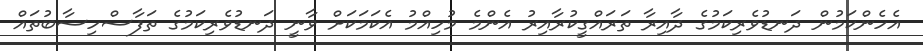
އެހެންކަމުން ދަނޑުވެރިކަމުގެ ދާއިރާ ތަރައްގީކުރާއިރު އެންމެ މުހިއްމު އެކަމަކަށް ވާނީ ދަނޑުވެރިކަމުގެ ތަފާސްހިސާބުތައް